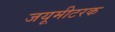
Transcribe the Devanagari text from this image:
जयूमीटरक